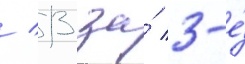
/ 13 за́ 3-е́